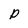
Character: p